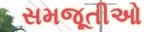
સમજૂતીઓ